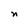
Character: n